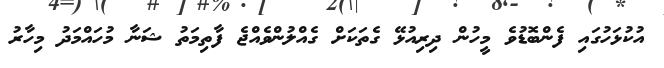
އުކުޅަހުގައި ފެންބޮޑުވެ މީހުން ދިރިއުޅޭ ގެތަކަށް ގެއްލުންވެއްޖެ ފާތިމަތު ޝަނާ މުހައްމަދު މިހާރު